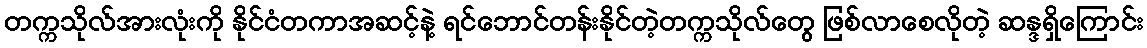
တက္ကသိုလ်အားလုံးကို နိုင်ငံတကာအဆင့်နဲ့ ရင်ဘောင်တန်းနိုင်တဲ့တက္ကသိုလ်တွေ ဖြစ်လာစေလိုတဲ့ ဆန္ဒရှိကြောင်း